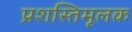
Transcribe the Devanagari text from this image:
प्रशस्तिमूलक